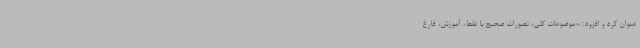
عنوان کرد و افزود: «موضوعات کلی، تصورات صحیح یا غلط، آموزش، فارغ‌